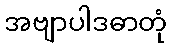
အဗျာပါဒဓာတုံ